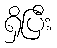
ရှိပြီး